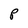
Character: P